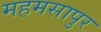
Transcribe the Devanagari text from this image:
महमसापुर